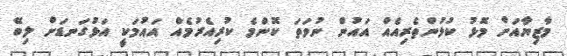
މާޒިޔާއަށް މޮޅު ކުޅުންތެރިއެއް އައުން ނުވަތަ ކޮންމެ ކުރިއެރުމެއް އައުމަކީ އަޅުގަނޑަށް ލިބޭ